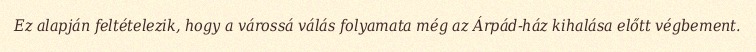
Ez alapján feltételezik, hogy a várossá válás folyamata még az Árpád-ház kihalása előtt végbement.